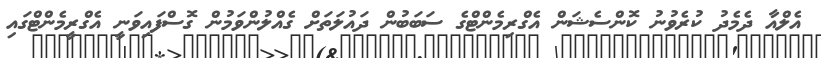
އެލްއާ ދެމެދު ކުރެވުނު ކޮންސެޝަން އެގްރިމެންޓްގެ ސަބަބުން ދައުލަތަށް ގެއްލުންވަމުން ގޮސްފައިވަނީ އެގްރީމެންޓްގައި